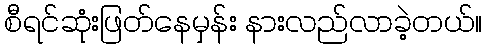
စီရင်ဆုံးဖြတ်နေမှန်း နားလည်လာခဲ့တယ်။